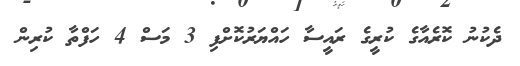
ދެކުނު ކޮރެއާގެ ކުރީގެ ރައީސާ ހައްޔަރުކޮށްފި 3 މަސް 4 ހަފްތާ ކުރިން